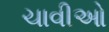
ચાવીઓ